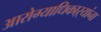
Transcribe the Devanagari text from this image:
आरोग्याधिकाऱ्यांना